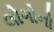
લોગોનો